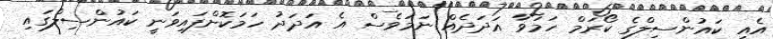
އެއީ ކައުންސިލްގެ ކޯރަމް ހަމަވާ އަދަދެއް ނަމަވެސް އެ އަދަދު ހަމަކޮށްފައިވަނީ ކައުންސިލްގައި